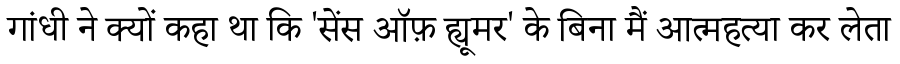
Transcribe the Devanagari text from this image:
गांधी ने क्यों कहा था कि 'सेंस ऑफ़ ह्यूमर' के बिना मैं आत्महत्या कर लेता